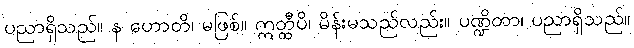
ပညာရှိသည်။ န ဟောတိ၊ မဖြစ်။ ဣတ္ထီပိ၊ မိန်းမသည်လည်း။ ပဏ္ဍိတာ၊ ပညာရှိသည်။